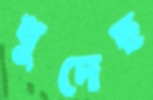
খুদেছ